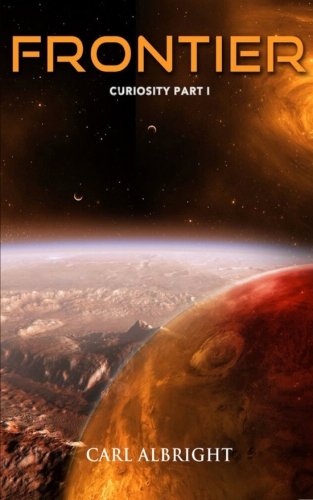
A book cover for Frontier: Curiosity Part I; Carl Albright; Science Fiction & Fantasy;